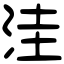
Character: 洼